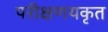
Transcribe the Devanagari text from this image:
परीक्षणयकृत